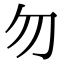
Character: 勿